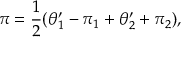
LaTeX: \pi = { \frac { 1 } { 2 } } ( \theta _ { 1 } ^ { \prime } - \pi _ { 1 } + \theta _ { 2 } ^ { \prime } + \pi _ { 2 } ) ,